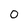
Character: 0